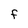
Character: f